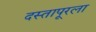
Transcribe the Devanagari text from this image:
दस्तापूरला